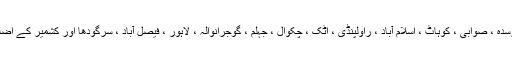
دیر ، سوات ، شانگلہ ، بونیر ، مانسہرہ ، ایبٹ آباد ، پشاور ، مردان ، نوشہرہ ، چارسدہ ، صوابی ، کوہاٹ ، اسلام آباد ، راولپنڈی ، اٹک ، چکوال ، جہلم ، گوجرانوالہ ، لاہور ، فیصل آباد ، سرگودھا اور کشمیر کے اضلاع میں جمعرات اور جمعہ کے روز موسلادھار بارش ( ژالہ باری) کا امکان ہے۔